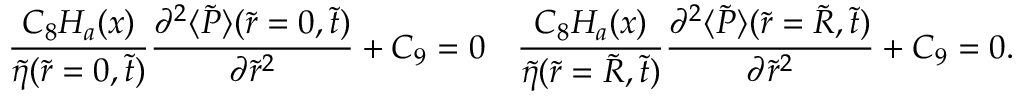
\frac { C _ { 8 } H _ { a } ( x ) } { \tilde { \eta } ( \tilde { r } = 0 , \tilde { t } ) } \frac { \partial ^ { 2 } \langle \tilde { P } \rangle ( \tilde { r } = 0 , \tilde { t } ) } { \partial \tilde { r } ^ { 2 } } + C _ { 9 } = 0 \mathrm { ~ и ~ } \frac { C _ { 8 } H _ { a } ( x ) } { \tilde { \eta } ( \tilde { r } = \tilde { R } , \tilde { t } ) } \frac { \partial ^ { 2 } \langle \tilde { P } \rangle ( \tilde { r } = \tilde { R } , \tilde { t } ) } { \partial \tilde { r } ^ { 2 } } + C _ { 9 } = 0 .